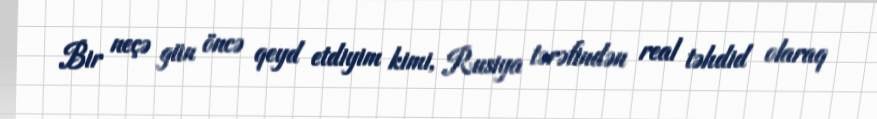
Bir neçə gün öncə qeyd etdiyim kimi, Rusiya tərəfindən real təhdid olaraq